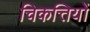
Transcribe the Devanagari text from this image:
चिकत्तियों